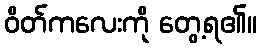
ဝိတ်ကလေးကို တွေ့ရ၏။